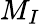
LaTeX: M_{I}